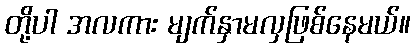
တို့ပါ အလကား မျက်နှာမလှဖြစ်နေမယ်။